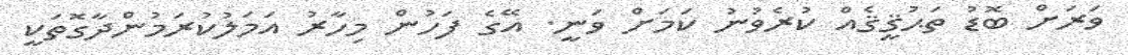
ވަރަށް ބޮޑު ތަޙުޤީޤެއް ކުރެވުނު ކަމަށް ވަނީ. އޭގެ ފަހުން މިހާރު އަމަލުކުރަމުންދާގޮތަކީ